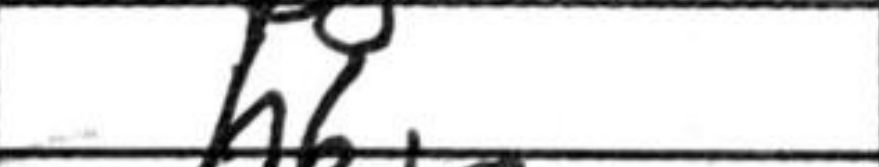
Transcription: h6